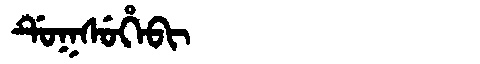
Manchu: ᡩᡠᡴᠰᡠᡥᡝᠪᡳ
Romanization: DUKSUHEBI